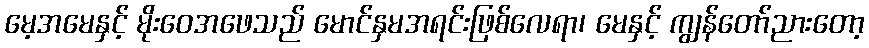
မေ့အမေနှင့် မိုးဝေအဖေသည် မောင်နှမအရင်းဖြစ်လေရာ၊ မေနှင့် ကျွန်တော်ညားတော့